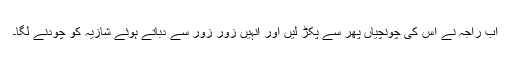
اب راجہ نے اس کی چونچیاں پھر سے پکڑ لیں اور انہیں زور زور سے دباتے ہوئے شازیہ کو چودنے لگا۔